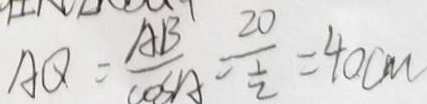
A Q = \frac { A B } { \cos A } = \frac { 2 0 } { \frac { 1 } { 2 } } = 4 0 c m